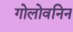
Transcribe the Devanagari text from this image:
गोलोवनिन